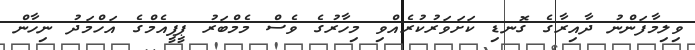
ވިލިމާފަންނު ދާއިރާގެ ގޮނޑި ކަށަވަރުކުރެއްވި މިހާރުގެ ވެސް މެމްބަރު ޕީޕީއެމްގެ އަހްމަދު ނިހާން